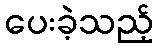
ပေးခဲ့သည့်